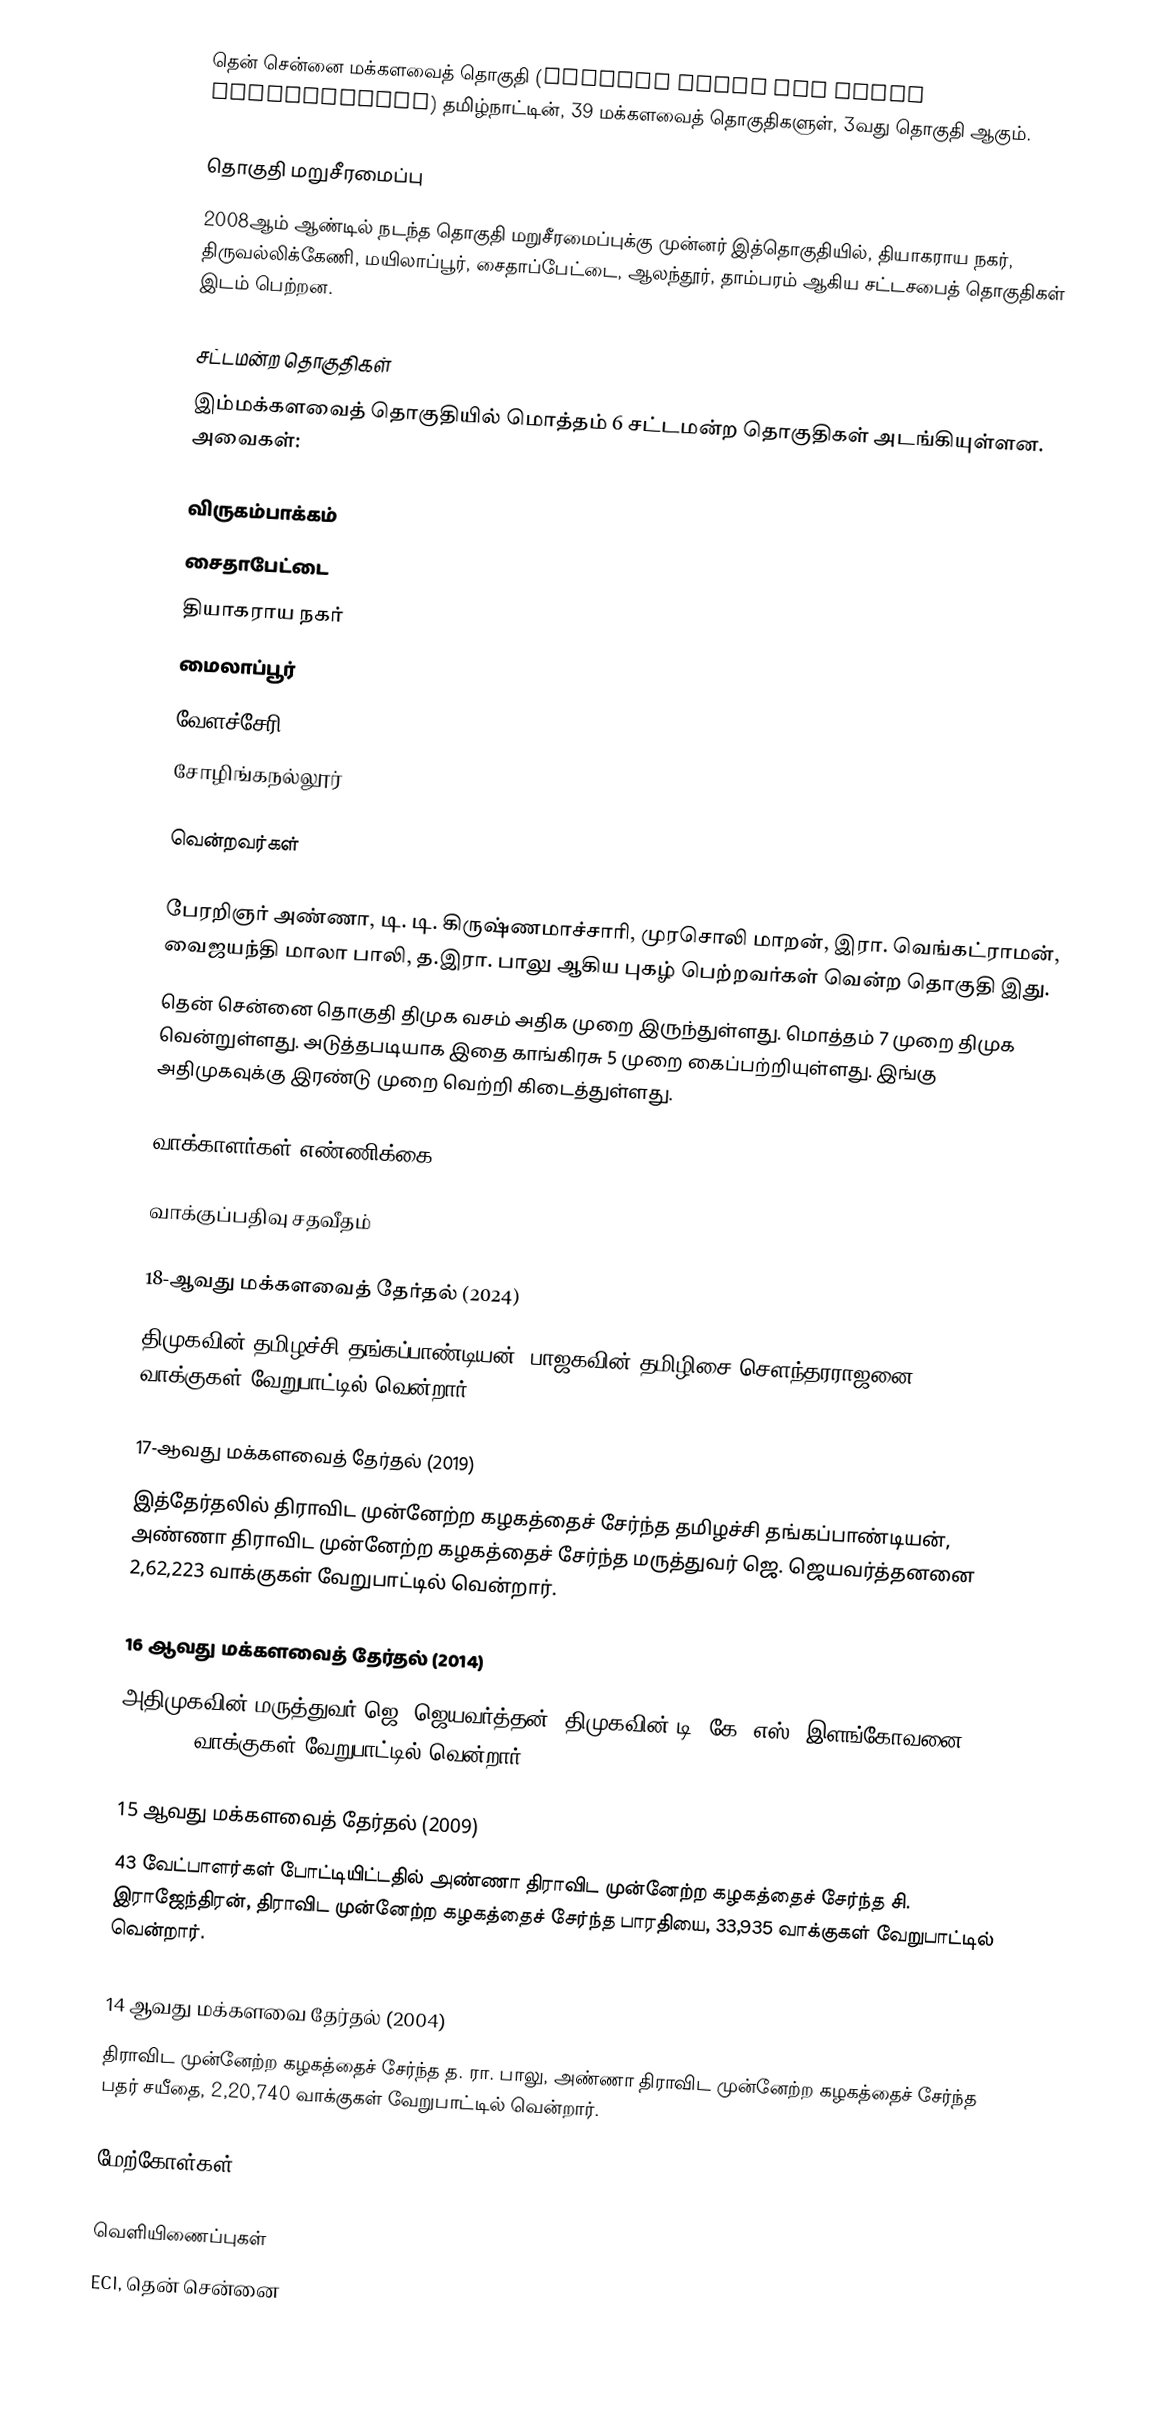
தென் சென்னை மக்களவைத் தொகுதி (Chennai South Lok Sabha constituency) தமிழ்நாட்டின், 39 மக்களவைத் தொகுதிகளுள், 3வது தொகுதி ஆகும்.

தொகுதி மறுசீரமைப்பு
2008ஆம் ஆண்டில் நடந்த தொகுதி மறுசீரமைப்புக்கு முன்னர் இத்தொகுதியில், தியாகராய நகர், திருவல்லிக்கேணி, மயிலாப்பூர், சைதாப்பேட்டை, ஆலந்தூர், தாம்பரம் ஆகிய சட்டசபைத் தொகுதிகள் இடம் பெற்றன.

சட்டமன்ற தொகுதிகள்
இம்மக்களவைத் தொகுதியில் மொத்தம் 6 சட்டமன்ற தொகுதிகள் அடங்கியுள்ளன. அவைகள்:

 விருகம்பாக்கம்
 சைதாபேட்டை
 தியாகராய நகர்
 மைலாப்பூர்
 வேளச்சேரி
 சோழிங்கநல்லூர்

வென்றவர்கள்

 பேரறிஞர் அண்ணா, டி. டி. கிருஷ்ணமாச்சாரி, முரசொலி மாறன், இரா. வெங்கட்ராமன், வைஜயந்தி மாலா பாலி, த.இரா. பாலு ஆகிய புகழ் பெற்றவர்கள் வென்ற தொகுதி இது.
 தென் சென்னை தொகுதி திமுக வசம் அதிக முறை இருந்துள்ளது. மொத்தம் 7 முறை திமுக வென்றுள்ளது. அடுத்தபடியாக இதை காங்கிரசு 5 முறை கைப்பற்றியுள்ளது. இங்கு அதிமுகவுக்கு இரண்டு முறை வெற்றி கிடைத்துள்ளது.

வாக்காளர்கள் எண்ணிக்கை

வாக்குப்பதிவு சதவீதம்

18-ஆவது மக்களவைத் தேர்தல் (2024)
திமுகவின் தமிழச்சி தங்கப்பாண்டியன், பாஜகவின் தமிழிசை சௌந்தரராஜனை, 226,016 வாக்குகள் வேறுபாட்டில் வென்றார்.

17-ஆவது மக்களவைத் தேர்தல் (2019)
இத்தேர்தலில் திராவிட முன்னேற்ற கழகத்தைச் சேர்ந்த தமிழச்சி தங்கப்பாண்டியன், அண்ணா திராவிட முன்னேற்ற கழகத்தைச் சேர்ந்த மருத்துவர் ஜெ. ஜெயவர்த்தனனை 2,62,223 வாக்குகள் வேறுபாட்டில் வென்றார்.

16 ஆவது மக்களவைத் தேர்தல் (2014)
அதிமுகவின் மருத்துவர் ஜெ. ஜெயவர்த்தன், திமுகவின் டி. கே. எஸ். இளங்கோவனை, 1,36,625 வாக்குகள் வேறுபாட்டில் வென்றார்.

15 ஆவது மக்களவைத் தேர்தல் (2009)
43 வேட்பாளர்கள் போட்டியிட்டதில் அண்ணா திராவிட முன்னேற்ற கழகத்தைச் சேர்ந்த சி. இராஜேந்திரன், திராவிட முன்னேற்ற கழகத்தைச் சேர்ந்த பாரதியை, 33,935 வாக்குகள் வேறுபாட்டில் வென்றார்.

14 ஆவது மக்களவை தேர்தல் (2004)
திராவிட முன்னேற்ற கழகத்தைச் சேர்ந்த த. ரா. பாலு, அண்ணா திராவிட முன்னேற்ற கழகத்தைச் சேர்ந்த பதர் சயீதை, 2,20,740 வாக்குகள் வேறுபாட்டில் வென்றார்.

மேற்கோள்கள்

வெளியிணைப்புகள்
 ECI, தென் சென்னை